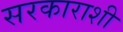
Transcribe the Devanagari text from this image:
सरकाराशी